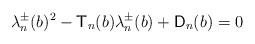
LaTeX: \begin{align*}\lambda_n^\pm(b)^2-\mathsf{T}_n(b)\lambda_n^\pm(b)+\mathsf{D}_n(b)=0\end{align*}